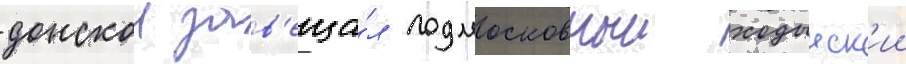
донскои зав'еща́л подмосковныи ходынск'ии